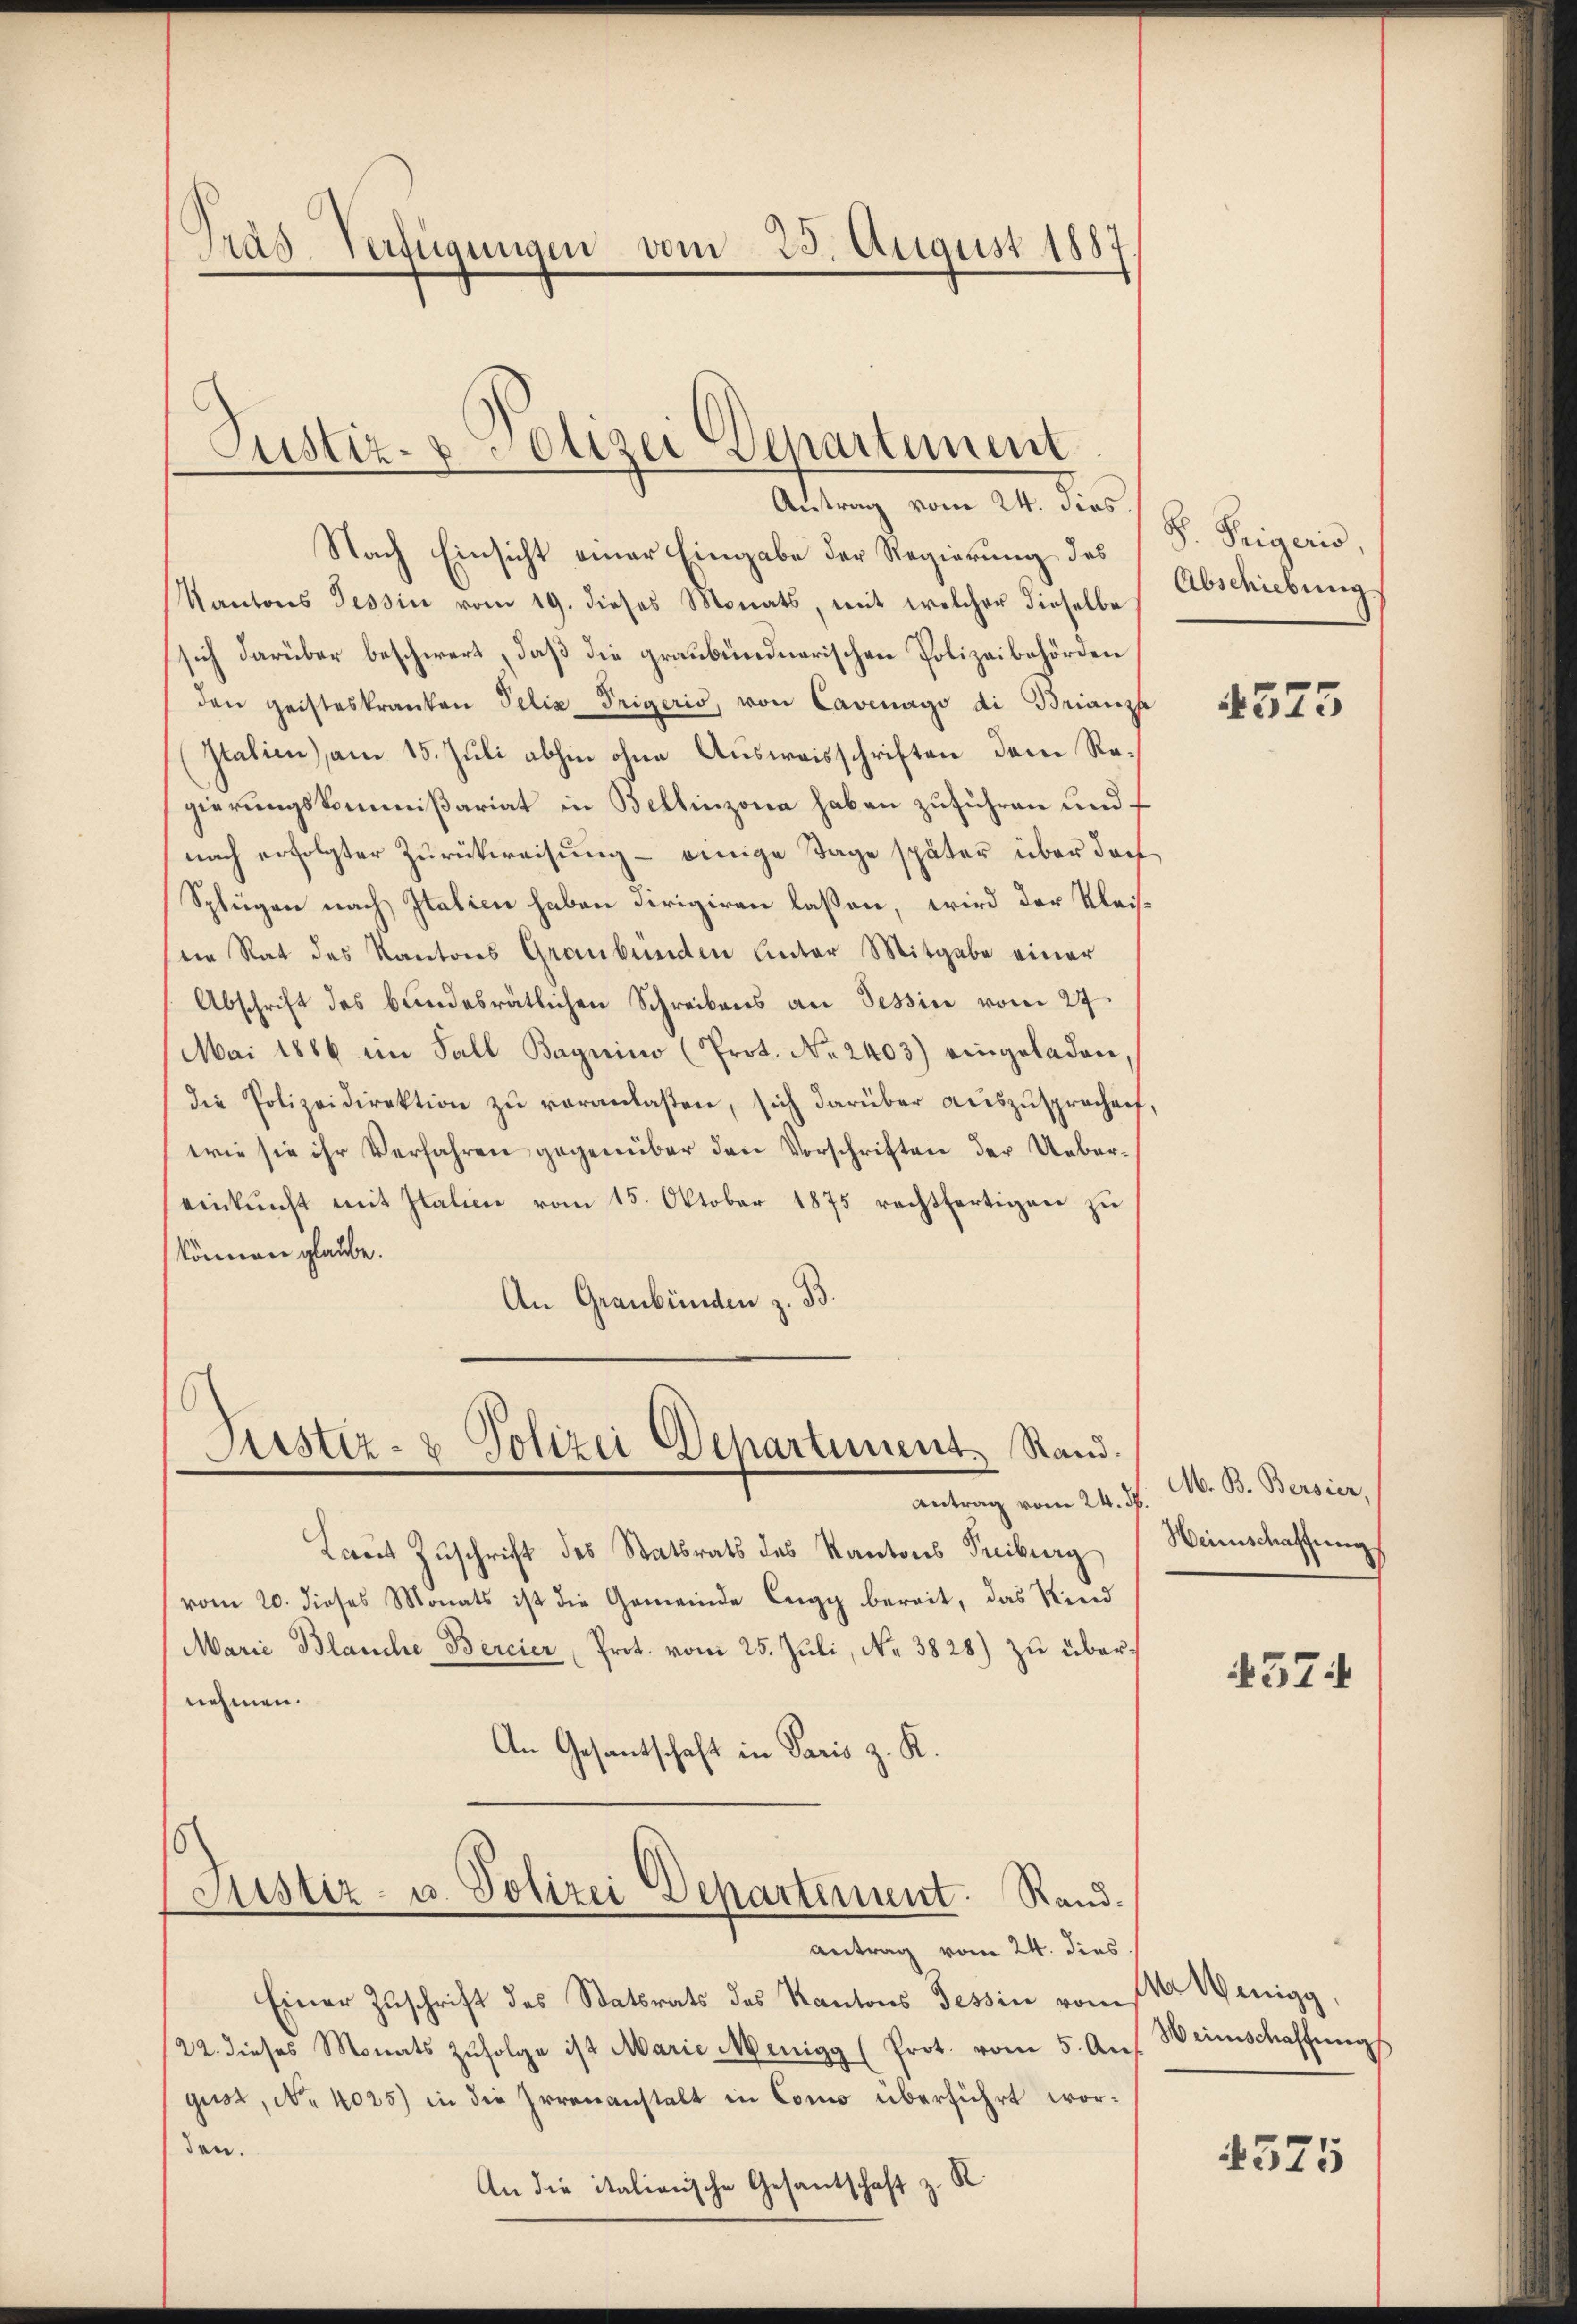
Pras-Verfügungen vom 25. August 1887

Justiz- & Polizei Departement

Adung vom 20. dies 9. Segens,
Nach Einsicht einer Eingabe der Regierung des
Kantons Tessin vom 19. dieses Monats, mit welcher dieselbe
sich darüber beschwert, daß die graubündnerischen Polizeibehörden
den geisteskranken Felix Trigeris, von Cavenago di Brianzhe
Italien), am 15. Juli abhin ohne Ausweisschriften dem Regierungskommißariat in Bellinzona haben zuführen und
nach erfolgter Zurückweisung - einige Tage später über darf
Splügen nach Italien haben dirigiren lassen, wird der Klaisein Rat des Kantons Graubünden Unter Mitgabe einer
Abschrift des bundesrätlichen Schreibens an Tessin vom 27
Mai 1866 im Fall Baynino (Prot. No. 2403) eingeladen
die Polizeidirektion zŭ veranlaßen, sich darüber aŭszŭsprochen
wie sie ihr Verfahren gegenüber den Vorschriften der Uebereinkunft mit Italien vom 15. Oktober 1875 rechtfertigen zu
können glaube.
An Graubünden z. B.

Justiz- & Polizei Departiment Stand.

Justiz- u. Polizei Departement. Rand¬

Antrag vom 24. d.
Laut Zuschrift des Statsrats des Kantons Treiburg
vom 20. dieses Monats ist die Gemeinde legg bereit, das Kind
Marie Blanche Bercier Prot. vom 25. Jŭli, No. 3828) zŭ übernehmen.
An Gesantschaft in Paris z. K.

Antrag vom 24. dies

Einer Zuschrift des Statsrats des Kantons Tessin vom 11. Wenigg,
22. dieses Monats zŭfolge ist Marie Minigg (Prot. vom 5. An
gust, No 4025) in die Irrenanstalt in Como überführt worden.
An die italienische Gesantschaft z. R.

Abschiebung

4575

M. B. Bersier,
Heimschaffung

4574

Weinschaffung

4575